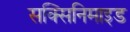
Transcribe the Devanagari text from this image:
सक्सिनिमाइड